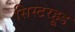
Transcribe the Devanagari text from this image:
सिस्टरहूड